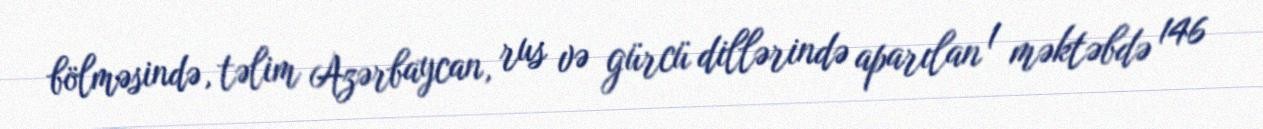
bölməsində, təlim Azərbaycan, rus və gürcü dillərində aparılan 1 məktəbdə 146